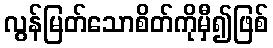
လွန်မြတ်သောစိတ်ကိုမှီ၍ဖြစ်